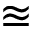
\approxeq